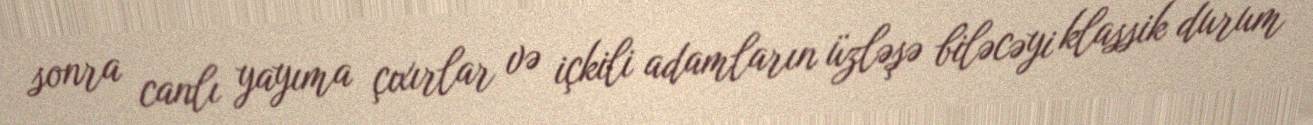
sonra canlı yayıma çıxırlar və içkili adamların üzləşə biləcəyi klassik durum